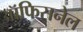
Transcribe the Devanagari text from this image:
ऑफिसनेल